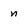
Character: n